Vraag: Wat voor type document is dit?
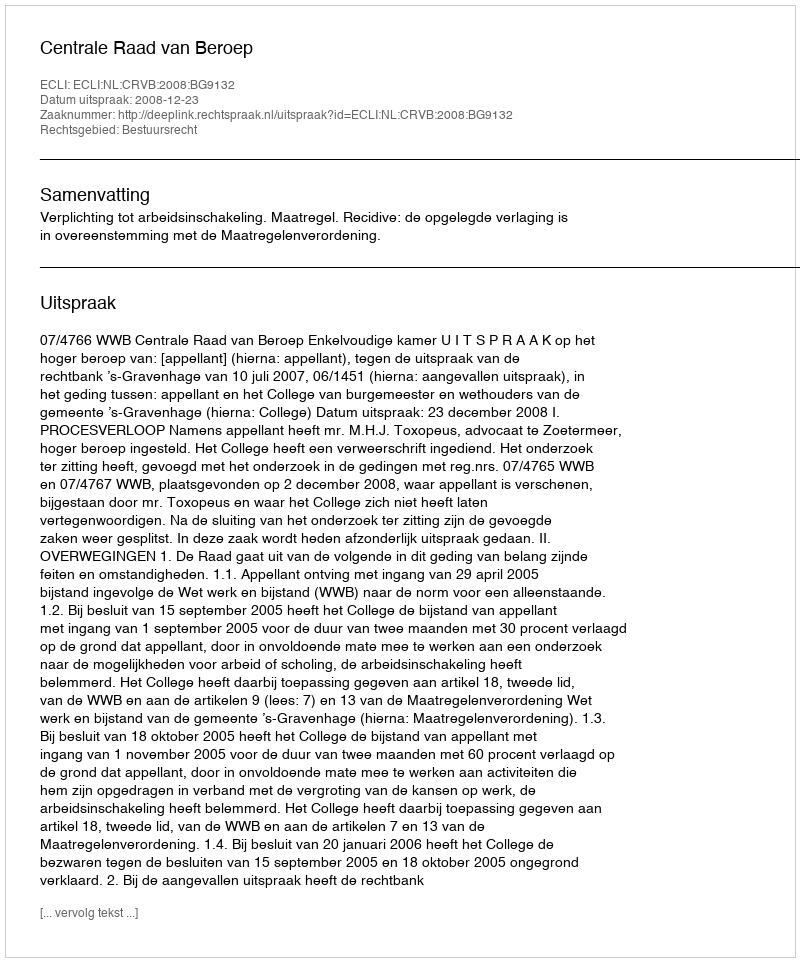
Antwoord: Uitspraak